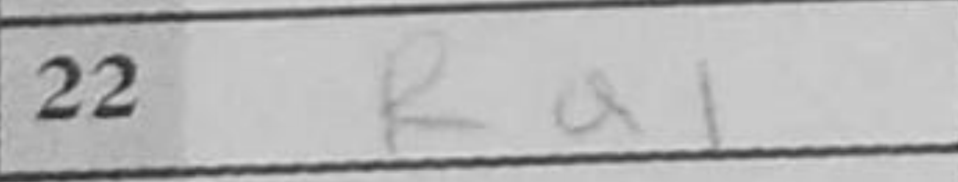
Transcription: Ra1